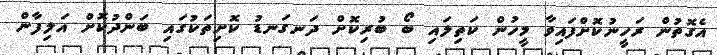
އެގޮތުން ރަހީނުކޮށްފައިވާ މީހުން ކަތިލައި ބޯ ބުރިކޮށް ދަނގަނޑު ކޮށިތަކުގައި ބަންދުކޮށް އަލިފާން